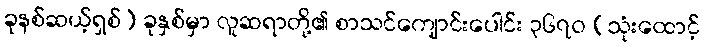
ခုနစ်ဆယ့်ရှစ်) ခုနှစ်မှာ လူဆရာတို့၏ စာသင်ကျောင်းပေါင်း ၃၆၇၀ (သုံးထောင့်